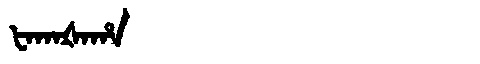
Manchu: ᡶᠠᡴᠠᡧᠠᡥᠠ
Romanization: FAKAŠAHA